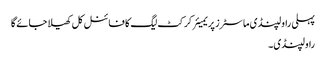
پہلی راولپنڈی ماسٹرز پریمیئر کرکٹ لیگ کا فائنل کل کھیلا جائے گا
راولپنڈی۔